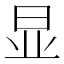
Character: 显